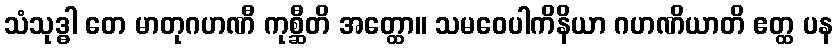
သံသုဒ္ဓါ တေ မာတုဂဟဏီ ကုစ္ဆီတိ အတ္ထော။ သမဝေပါကိနိယာ ဂဟဏိယာတိ ဧတ္ထ ပန